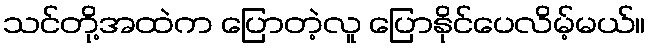
သင်တို့အထဲက ပြောတဲ့လူ ပြောနိုင်ပေလိမ့်မယ်။